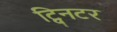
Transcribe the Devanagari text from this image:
ट्विनटर